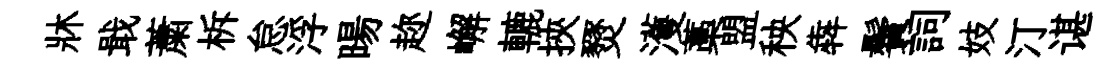
牀戢䔥柝怠浮暘趂嶰轆挾燹濩藁盟秧犇鬢詞妓汀谌